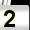
Digit: 2